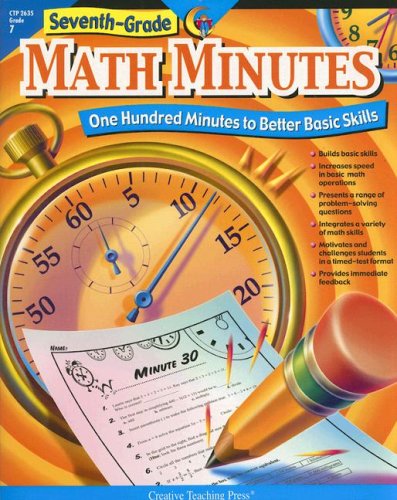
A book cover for Seventh-Grade Math Minutes: One Hundred Minutes to Better Basic Skills; Doug Stoffel; Humor & Entertainment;